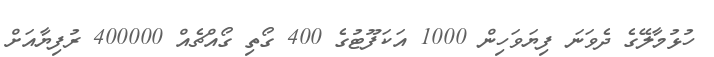
ހުޅުމާލޭގެ ދެވަނަ ފިޔަވަހިން 1000 އަކަފޫޓުގެ 400 ގޯތި ގޯއްޗެއް 400000 ރުފިޔާއަށް